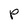
Character: p